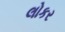
લોકર